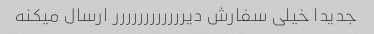
جدیدا خیلی سفارش دیرررررررررررر ارسال میکنه